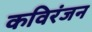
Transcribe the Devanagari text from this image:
कविरंजन